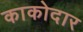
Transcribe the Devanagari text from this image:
काकोदार